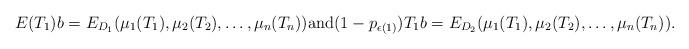
LaTeX: \begin{align*}E(T_1)b = E_{D_1}(\mu_1(T_1), \mu_2(T_2),\ldots, \mu_n(T_n)) \mbox{and} (1-p_{\epsilon(1)})T_1 b = E_{D_2}(\mu_1(T_1), \mu_2(T_2),\ldots, \mu_n(T_n)).\end{align*}